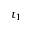
t _ { 1 }